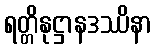
ရတ္တိနုဋ္ဌာနဒဿိနာ